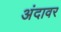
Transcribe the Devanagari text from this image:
अंदावर